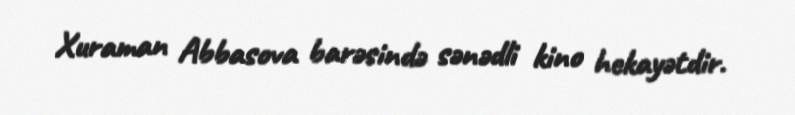
Xuraman Abbasova barəsində sənədli kino hekayətdir.